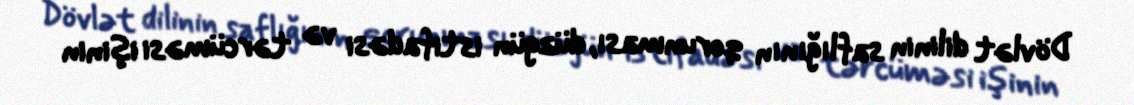
Dövlət dilinin saflığının qorunması, düzgün istifadəsi və tərcüməsi işinin